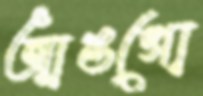
আঙগো